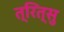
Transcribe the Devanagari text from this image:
त्रित्सु